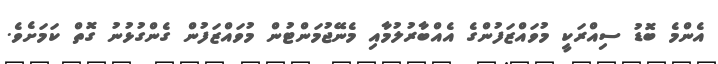
އެންމެ ބޮޑު ސިއްރަކީ މުވައްޒަފުންގެ އެއްބާރުލުމާއި މެނޭޖުމަންޓުން މުވައްޒަފުން ގެންގުޅުނު ގޮތް ކަމަށެވެ.